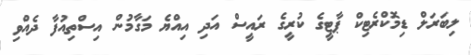
ލިބަރަލް ޑިމޮކްރެޓިކް ޕާޓީގެ ކުރީގެ ރައީސް އަދި އިއްޔެ މަގާމުން އިސްތިއުފާ ދެއްވި